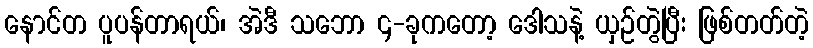
နောင်တ ပူပန်တာရယ်၊ အဲဒီ သဘော ၄-ခုကတော့ ဒေါသနဲ့ ယှဉ်တွဲပြီး ဖြစ်တတ်တဲ့